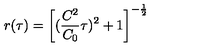
r ( \tau ) = \left[ ( \frac { C ^ { 2 } } { C _ { 0 } } \tau ) ^ { 2 } + 1 \right] ^ { - \frac { 1 } { 2 } }